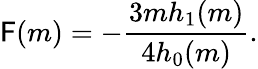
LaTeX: \mathsf{F}(m)=-\frac{{3mh_{1}(m)}}{{4h_{0}(m)}}.